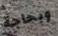
وبحاجة